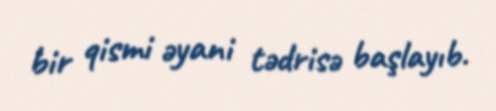
bir qismi əyani tədrisə başlayıb.